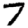
Digit: 7